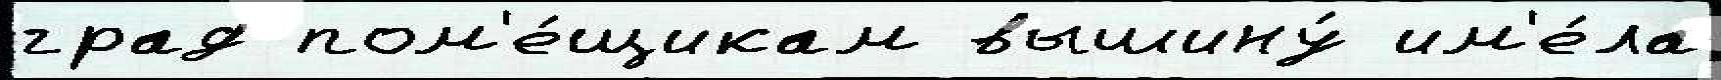
град пом'е́щикам вышину́ им'е́ла